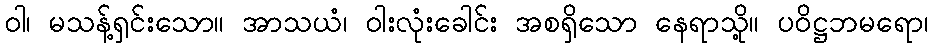
ဝါ၊ မသန့်ရှင်းသော။ အာသယံ၊ ဝါးလုံးခေါင်း အစရှိသော နေရာသို့။ ပဝိဋ္ဌဘမရော၊